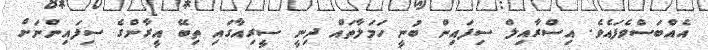
އެއްބަސްވެފައެވެ. އިސްރާއިލް ސިފައިން ބުނީ ހަމަލާތައް ދިނީ ސީރިއާގައި ތިބޭ އީރާންގެ ސިފައިންނަށް